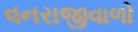
વનરાજીવાળો